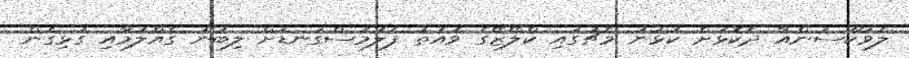
ލެވަކޫސަންއާ ދެކޮޅަށް ކުޅުނު މެޗުގައި ކްލޯޒޭގެ ވައަތު ފަލަމަސްގަނޑަށް ލިބުނު ގެއްލުމާއި ގުޅިގެން